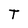
Character: T